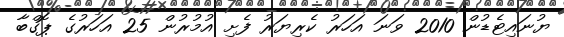
ޔުނައިޓެޑުން 2010 ވަނަ އަހަރު ކެރިޔަރު ފެށި އުމުރުން 25 އަހަރުގެ ޕޮގްބާ